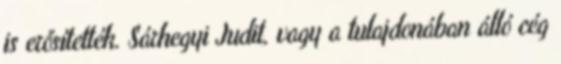
is erősítették. Sárhegyi Judit, vagy a tulajdonában álló cég